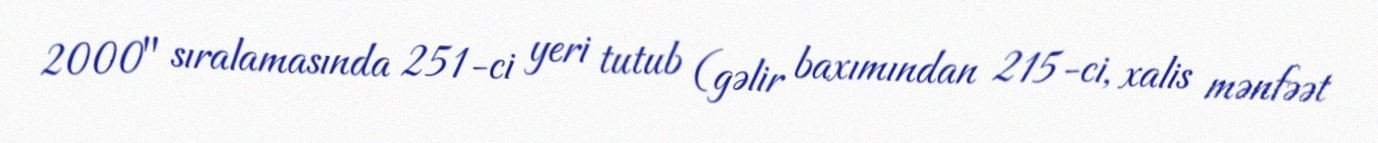
2000" sıralamasında 251-ci yeri tutub (gəlir baxımından 215-ci, xalis mənfəət